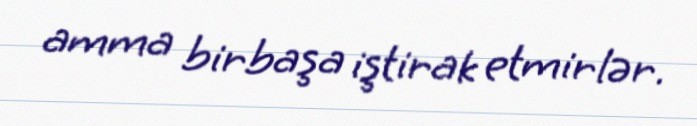
amma birbaşa iştirak etmirlər.